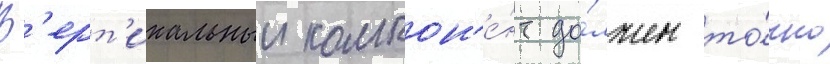
В'ерт'икальныи компон'е́нт до́лжен то́чно